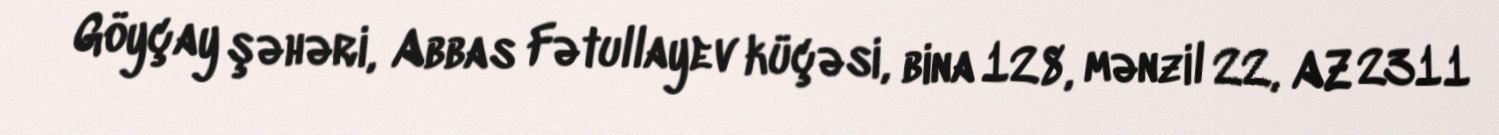
Göyçay şəhəri, Abbas Fətullayev küçəsi, bina 128, mənzil 22, AZ 2311